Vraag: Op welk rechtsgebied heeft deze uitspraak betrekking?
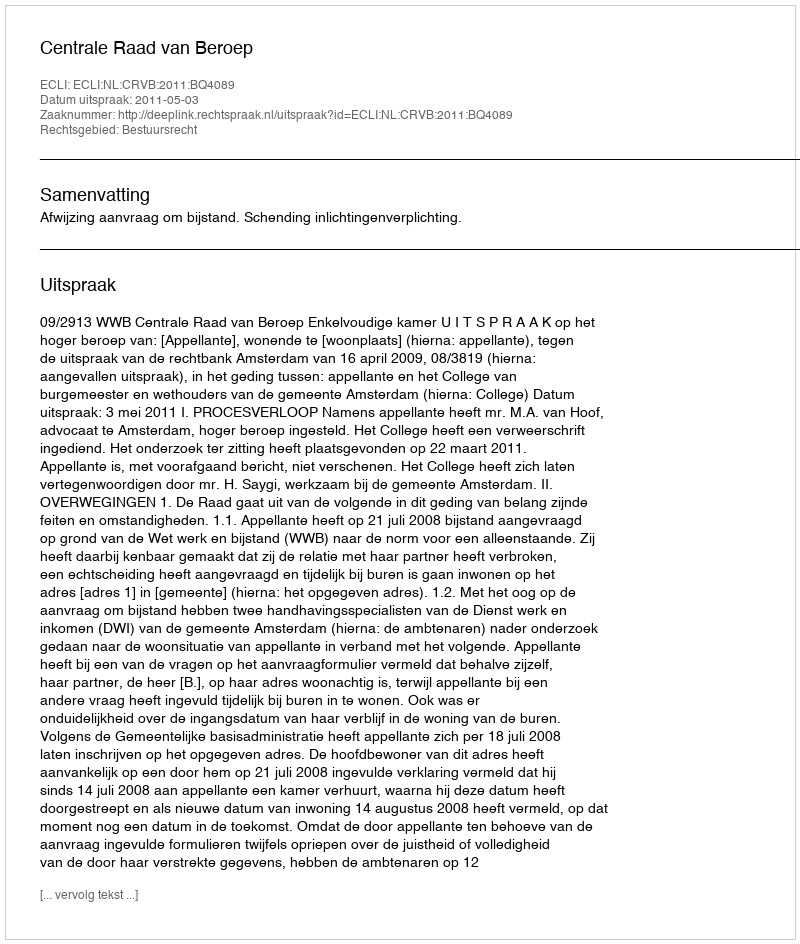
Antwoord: Bestuursrecht